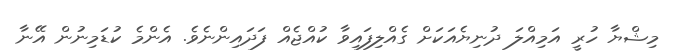
މިޝްޔާ ހުރީ އަމިއްލަ ދުނިޔެއަކަށް ގެއްލިފައިވާ ކުއްޖެއް ފަދައިންނެވެ. އެންމެ ކުޑަމިނުން އޭނާ